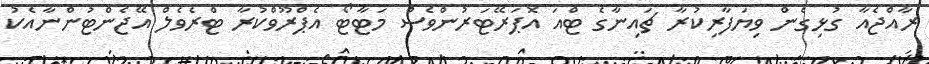
ރާއްޖެއާ ގުޅިގެން ވިޔަފާރިކުރާ ޗައިނާގެ ޓްއަ އޮޕަރޭޓަރުންވެސް މަޓާޓޯ އެޕްރޫވްކުރާ ޓްރެވެލް އޭޖެންޓުންނާއެކު